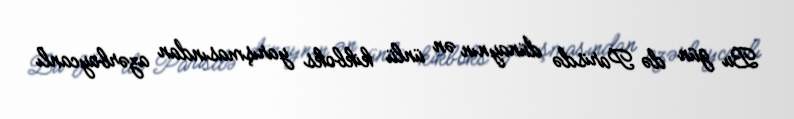
Bu gün də Parisdə dünaynın ən ünlü kikboks yarışmasından azərbaycanlı